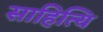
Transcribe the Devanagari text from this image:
साहित्यि